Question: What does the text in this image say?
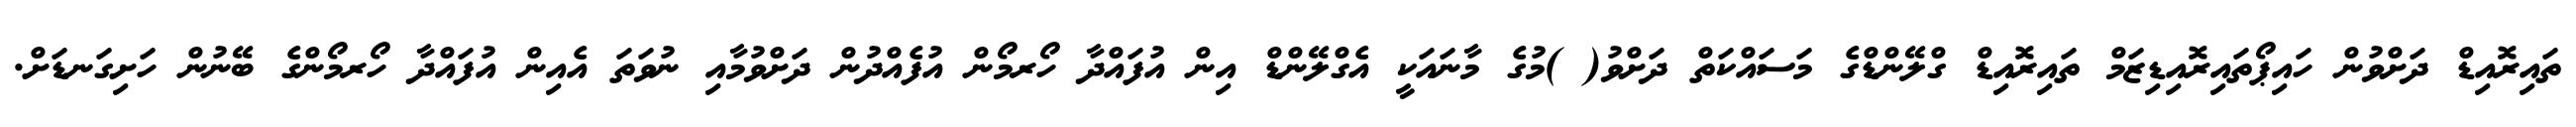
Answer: ތައިރޮއިޑް ދަށްވުން ހައިޕޯތައިރޮއިޑިޒަމް ތައިރޮއިޑް ގްލޭންޑްގެ މަސައްކަތް ދަށްވު( )މުގެ މާނައަކީ އެގްލޭންޑް އިން އުފައްދާ ހޯރމޯން އުފެއްދުން ދަށްވުމާއި ނުވަތަ އެއިން އުފައްދާ ހޯރމޯންގެ ބޭނުން ހަށިގަނޑަށް.